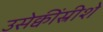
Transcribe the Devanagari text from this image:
उसेक्वींस्रीशे